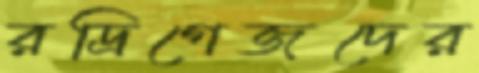
রদ্রিগেজদের